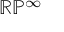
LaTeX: \mathbb { R P } ^ { \infty }